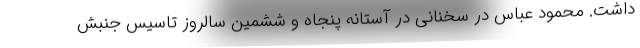
داشت. محمود عباس در سخنانی در آستانه پنجاه و ششمین سالروز تاسیس جنبش